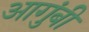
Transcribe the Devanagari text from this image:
आगुंबी